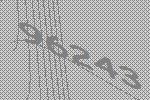
96243